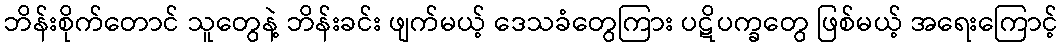
ဘိန်းစိုက်တောင် သူတွေနဲ့ ဘိန်းခင်း ဖျက်မယ့် ဒေသခံတွေကြား ပဋိပက္ခတွေ ဖြစ်မယ့် အရေးကြောင့်